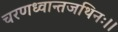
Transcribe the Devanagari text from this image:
चरणध्वान्तजथिनः।।